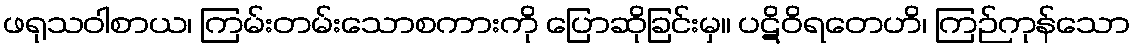
ဖရုသဝါစာယ၊ ကြမ်းတမ်းသောစကားကို ပြောဆိုခြင်းမှ။ ပဋိဝိရတေဟိ၊ ကြဉ်ကုန်သော